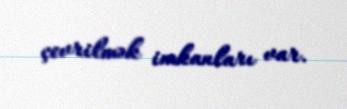
çevrilmək imkanları var.